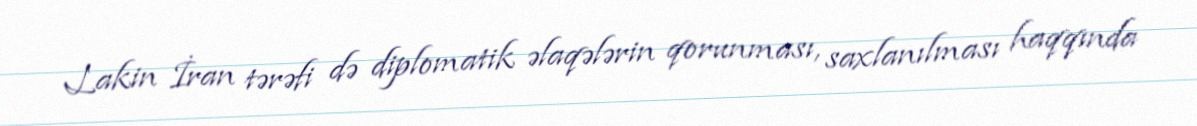
Lakin İran tərəfi də diplomatik əlaqələrin qorunması, saxlanılması haqqında